Vaccination in the Punjab 1919-1929 - 1919-1929
Year: 1919
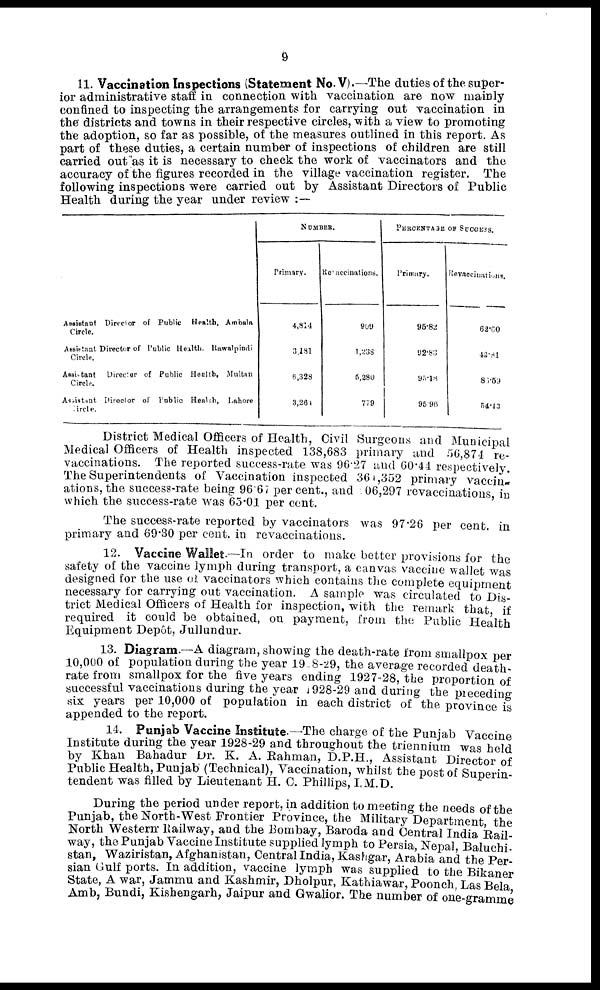
9
11. Vaccination Inspections (Statement No. V).—The duties of the super-
ior administrative staff in connection with vaccination are now mainly
confined to inspecting the arrangements for carrying out vaccination in
the districts and towns in their respective circles, with a view to promoting
the adoption, so far as possible, of the measures outlined in this report. As
part of these duties, a certain number of inspections of children are still
carried out as it is necessary to check the work of vaccinators and the
accuracy of the figures recorded in the village vaccination register. The
following inspections were carried out by Assistant Directors of Public
Health during the year under review :—
Assistant Director of Public Health, Ambala
Circle.
Assistant Director of Public Health Rawalpindi
Circle.
Assistant Director of Public Health, Multan
Circle.
Assistant Director of Public Health, Lahore
Circle.
NUMBER.
Primary.
4,814
3,181
6,328
3,264
Revaccinations.
909
1,238
5,280
779
PERCENTAGE OF SUCCESS.
Primary.
95.82
92.83
95.18
95.96
Revaccinations.
62.60
42.81
86.59
54.43
District Medical Officers of Health, Civil Surgeons and Municipal
Medical Officers of Health inspected 138,683 primary and 56,874 re¬
vaccinations. The reported success-rate was 96.27 and 60.44 respectively.
The Superintendents of Vaccination inspected 361,352 primary vaccin-
ations, the success-rate being 96.67 per cent., and 06,297 revaccinations, in
which the success-rate was 65.01 per cent.
The success-rate reported by vaccinators was 97.26 per cent. in
primary and 69.30 per cent. in revaccinations.
12. Vaccine Wallet.—In order to make better provisions for the
safety of the vaccine lymph during transport, a canvas vaccine wallet was
designed for the use of vaccinators which contains the complete equipment
necessary for carrying out vaccination. A sample was circulated to Dis¬
trict Medical Officers of Health for inspection, with the remark that, if
required it could be obtained, on payment, from the Public Health
Equipment Depot, Jullundur.
13. Diagram.—A diagram, showing the death-rate from smallpox per
10,000 of population during the year 1928-29, the average recorded death-
rate from smallpox for the five years ending 1927-28, the proportion of
successful vaccinations during the year 1928-29 and during the preceding
six years per 10,000 of population in each district of the province is
appended to the report.
14. Punjab Vaccine Institute.—The charge of the Punjab Vaccine
Institute during the year 1928-29 and throughout the triennium was held
by Khan Bahadur Dr. K. A. Rahman, D.P.H., Assistant Director of
Public Health, Punjab (Technical), Vaccination, whilst the post of Superin¬
tendent was filled by Lieutenant H. C. Phillips, I.M.D.
During the period under report, in addition to meeting the needs of the
Punjab, the North-West Frontier Province, the Military Department, the
North Western Railway, and the Bombay, Baroda and Central India Rail
way, the Punjab Vaccine Institute supplied lymph to Persia, Nepal, Baluchi¬
stan, Waziristan, Afghanistan, Central India, Kashgar, Arabia and the Per¬
sian Gulf ports. In addition, vaccine lymph was supplied to the Bikaner
State, A war, Jammu and Kashmir, Dholpur, Kathiawar, Poonch, Las Bela,
Amb, Bundi, Kishengarh, Jaipur and Gwalior. The number of one-gramme